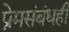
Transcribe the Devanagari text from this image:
प्रेमसंबंधही